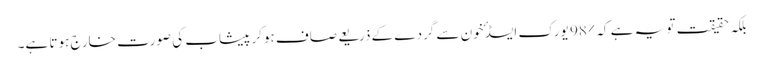
بلکہ حقیقت تو یہ ہے کہ %98 یورک ایسڈ ٴخون سے گردے کے ذریعے صاف ہوکر پیشاب کی صورت خارج ہوتا ہے۔